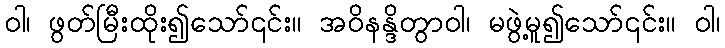
ဝါ၊ ဖွတ်မြီးထိုး၍သော်၎င်း။ အဝိနန္ဒိတွာဝါ၊ မဖွဲ့မူ၍သော်၎င်း။ ဝါ၊